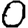
Digit: 0